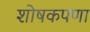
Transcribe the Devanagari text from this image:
शोषकपणा